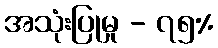
အသုံးပြုမှု - ၇၅%